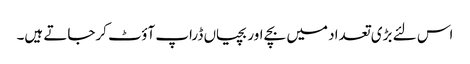
اس لئے بڑی تعداد میں بچے اوربچیاں ڈراپ آؤٹ کرجاتے ہیں۔